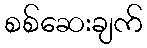
စစ်ဆေးချက်